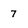
Character: 7